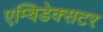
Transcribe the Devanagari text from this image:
एम्बिडेक्सटर